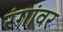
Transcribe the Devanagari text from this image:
रंगांवर